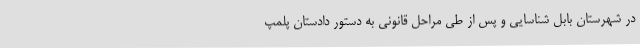
در شهرستان بابل شناسایی و پس از طی مراحل قانونی به دستور دادستان پلمپ